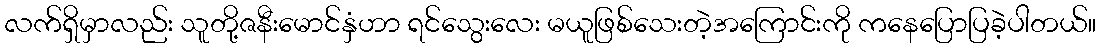
လက်ရှိမှာလည်း သူတို့ဇနီးမောင်နှံဟာ ရင်သွေးလေး မယူဖြစ်သေးတဲ့အကြောင်းကို ကနေပြောပြခဲ့ပါတယ်။